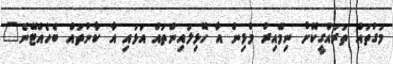
މަގުތައް ތަރައްގީކޮށް ނިމޭއިރު މުޅިން އާ ހޮޅިލައިންތައް އަޅައި އާ ކާނުތައް ބެހެއްޓޭނެ"